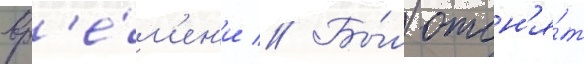
вр'е́м'ен'и // Бы́л отсн'я́т